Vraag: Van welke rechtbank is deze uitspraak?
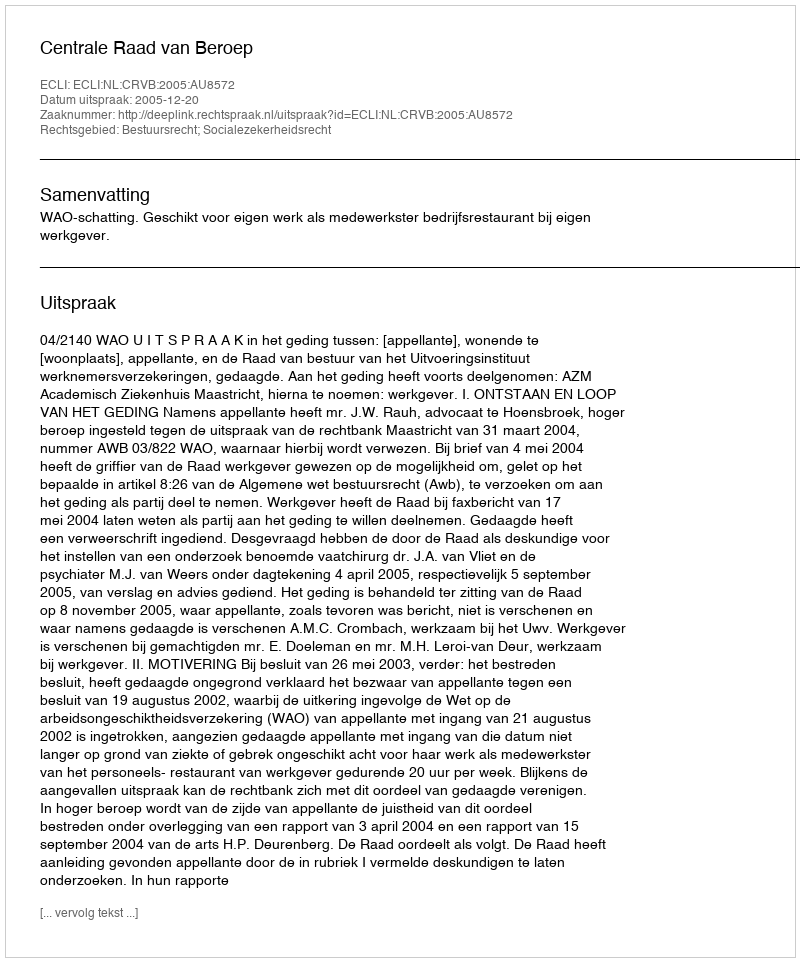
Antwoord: Centrale Raad van Beroep